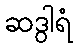
ဆဒွါရံ